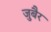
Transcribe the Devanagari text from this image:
जु़बैर